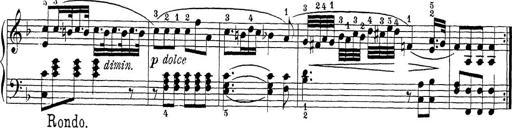
Title: Sonatina Album
Composer: Louis KÃ¶hler